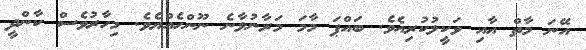
އޭނަ މާތް އާއި ވަކީލުކުރިއެވެ. ބައްޕަ މާމަ މަރާނުލާނެ ނޫންހެއްޔެވެ. މިހާރުވެސް ކާންދީ